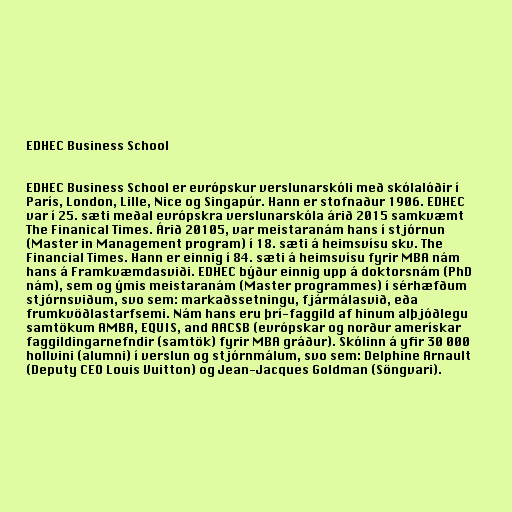
EDHEC Business School

EDHEC Business School er evrópskur verslunarskóli með skólalóðir í
París, London, Lille, Nice og Singapúr. Hann er stofnaður 1906. EDHEC
var í 25. sæti meðal evrópskra verslunarskóla árið 2015 samkvæmt
The Finanical Times. Árið 20105, var meistaranám hans í stjórnun
(Master in Management program) í 18. sæti á heimsvísu skv. The
Financial Times. Hann er einnig í 84. sæti á heimsvísu fyrir MBA nám
hans á Framkvæmdasviði. EDHEC býður einnig upp á doktorsnám (PhD
nám), sem og ýmis meistaranám (Master programmes) í sérhæfðum
stjórnsviðum, svo sem: markaðssetningu, fjármálasvið, eða
frumkvöðlastarfsemi. Nám hans eru þrí-faggild af hinum alþjóðlegu
samtökum AMBA, EQUIS, and AACSB (evrópskar og norður amerískar
faggildingarnefndir (samtök) fyrir MBA gráður). Skólinn á yfir 30 000
hollvini (alumni) í verslun og stjórnmálum, svo sem: Delphine Arnault
(Deputy CEO Louis Vuitton) og Jean-Jacques Goldman (Söngvari).